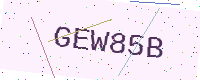
Text: GEW85B